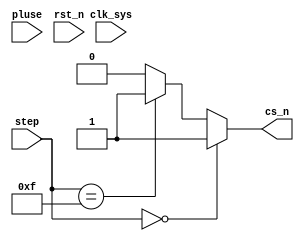
//csn_gen.v

module csn_gen(
cs_n,
pluse,
step,
//clk rst
clk_sys,
rst_n
);
output 	cs_n;
input		pluse;
input [3:0] step;
//clk rst
input		clk_sys;
input		rst_n;
//-------------------------------------
//-------------------------------------




wire cs_n;
assign cs_n = (step == 4'h0) ? 1'b1 :
							(step == 4'hf) ? 1'b1 : 1'b0;


endmodule